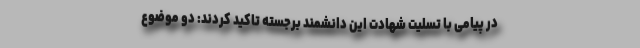
در پیامی با تسلیت شهادت این دانشمند برجسته تاکید کردند:‌ دو موضوع